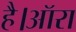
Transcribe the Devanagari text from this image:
है।ऑरा